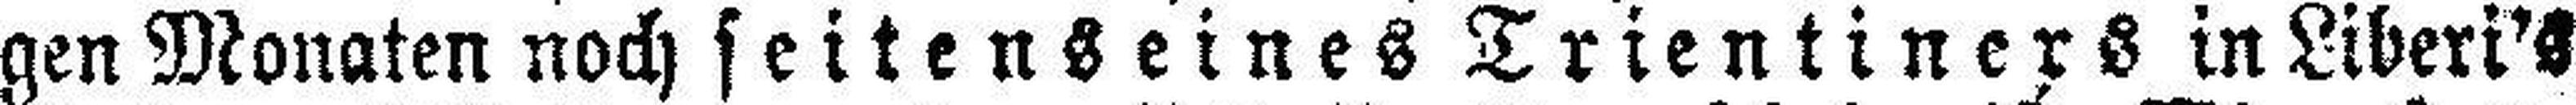
gen Monaten noch seitenseines Trientiners in Liberi's